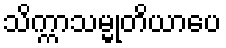
သိက္ကာသမ္မုတိယာပေ